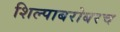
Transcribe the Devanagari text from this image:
शिल्पाबरोबरच